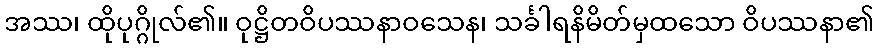
အဿ၊ ထိုပုဂ္ဂိုလ်၏။ ဝုဋ္ဌိတဝိပဿနာဝသေန၊ သင်္ခါရနိမိတ်မှထသော ဝိပဿနာ၏